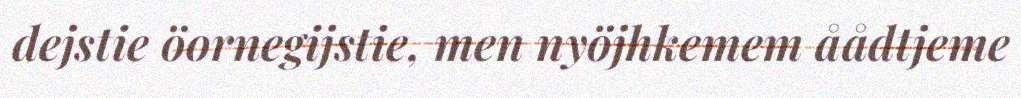
dejstie öornegijstie, men nyöjhkemem åådtjeme